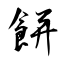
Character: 餅